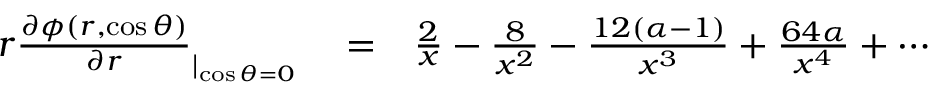
\begin{array} { r l r } { r \frac { \partial \phi ( r , \cos \theta ) } { \partial r } _ { | _ { \cos \theta = 0 } } } & { { } = } & { \frac { 2 } { x } - \frac { 8 } { x ^ { 2 } } - \frac { 1 2 ( \alpha - 1 ) } { x ^ { 3 } } + \frac { 6 4 \alpha } { x ^ { 4 } } + \cdots } \end{array}